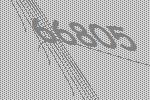
66805